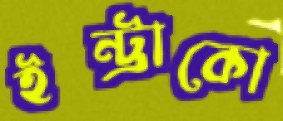
ইন্ট্রাকো